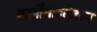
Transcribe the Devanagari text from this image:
कार्बोनाइलेशन